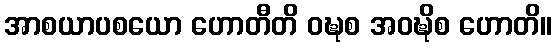
အာစယာပစယော ဟောတီတိ ဝဍ္ဎစ အဝဍ္ဎိစ ဟောတိ။